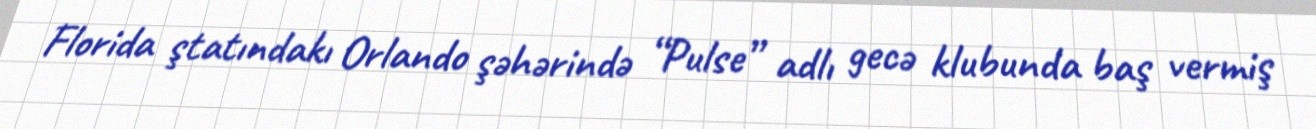
Florida ştatındakı Orlando şəhərində “Pulse” adlı gecə klubunda baş vermiş